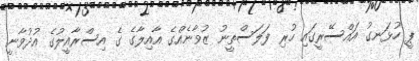
ޕީ ހުޅަނގު އައްސޭރީގައި ހުރި ފަލަސްތީނު ޒުވާނެއްގެ އާއިލާގެ ގެ އިސްރާއީލުގެ އުދުވާނީ